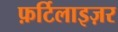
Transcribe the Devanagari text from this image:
फ़र्टिलाइज़र